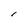
Character: I